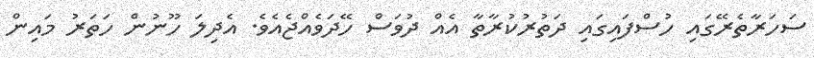
ސަހަރާތެރޭގައި ހުސްފައިގައި ދަތުރުކުރާތާ އެއް ދުވަސް ހޭދަވެއްޖެއެވެ. އެދިލަ ހޫނުން ހަތަރު މައިން